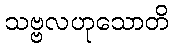
သဗ္ဗလဟုသောတိ